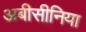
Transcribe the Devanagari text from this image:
अबीसीनिया